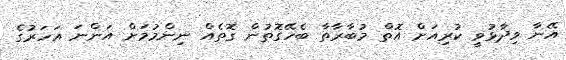
އޭނާ ވިދާޅުވީ ކުރިއަށް އޮތް މުބާރާތާ ބެހޭގޮތުން ގޮތެއް ނިންމުމަށް އަންނަ އަހަރުގެ